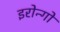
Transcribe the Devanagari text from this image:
इरोन्गो